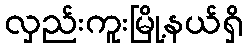
လှည်းကူးမြို့နယ်ရှိ